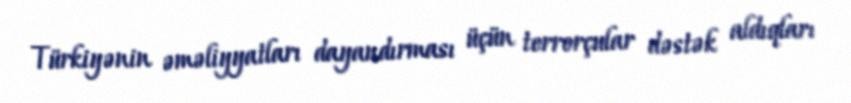
Türkiyənin əməliyyatları dayandırması üçün terrorçular dəstək aldıqları